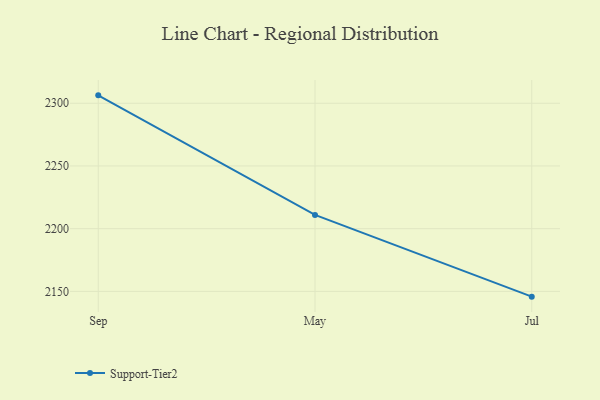
{"axis": {"x": "Month", "y": "Market Share (%)"}, "legend": ["Support-Tier2"], "data": [{"x": "Sep", "y": 2306.3, "type": "Support-Tier2"}, {"x": "May", "y": 2211.0, "type": "Support-Tier2"}, {"x": "Jul", "y": 2145.8, "type": "Support-Tier2"}]}